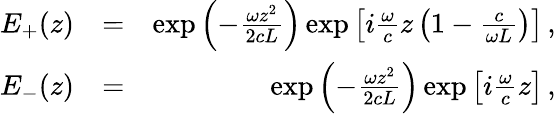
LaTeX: \begin{array}{rlr}{E_{+}(z)}&{=}&{\exp\left(-\frac{\omega z^{2}}{2cL}\right)\exp\left[i\frac{\omega}{c}z\left(1-\frac{c}{\omega L}\right)\right]\, ,}\\ {E_{-}(z)}&{=}&{\exp\left(-\frac{\omega z^{2}}{2cL}\right)\exp\left[i\frac{\omega}{c}z\right]\, ,}\end{array}